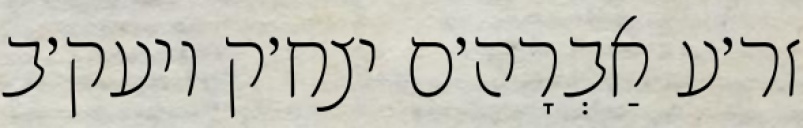
זר׳ע אַבְרָה׳ם יצח׳ק ויעק׳ב